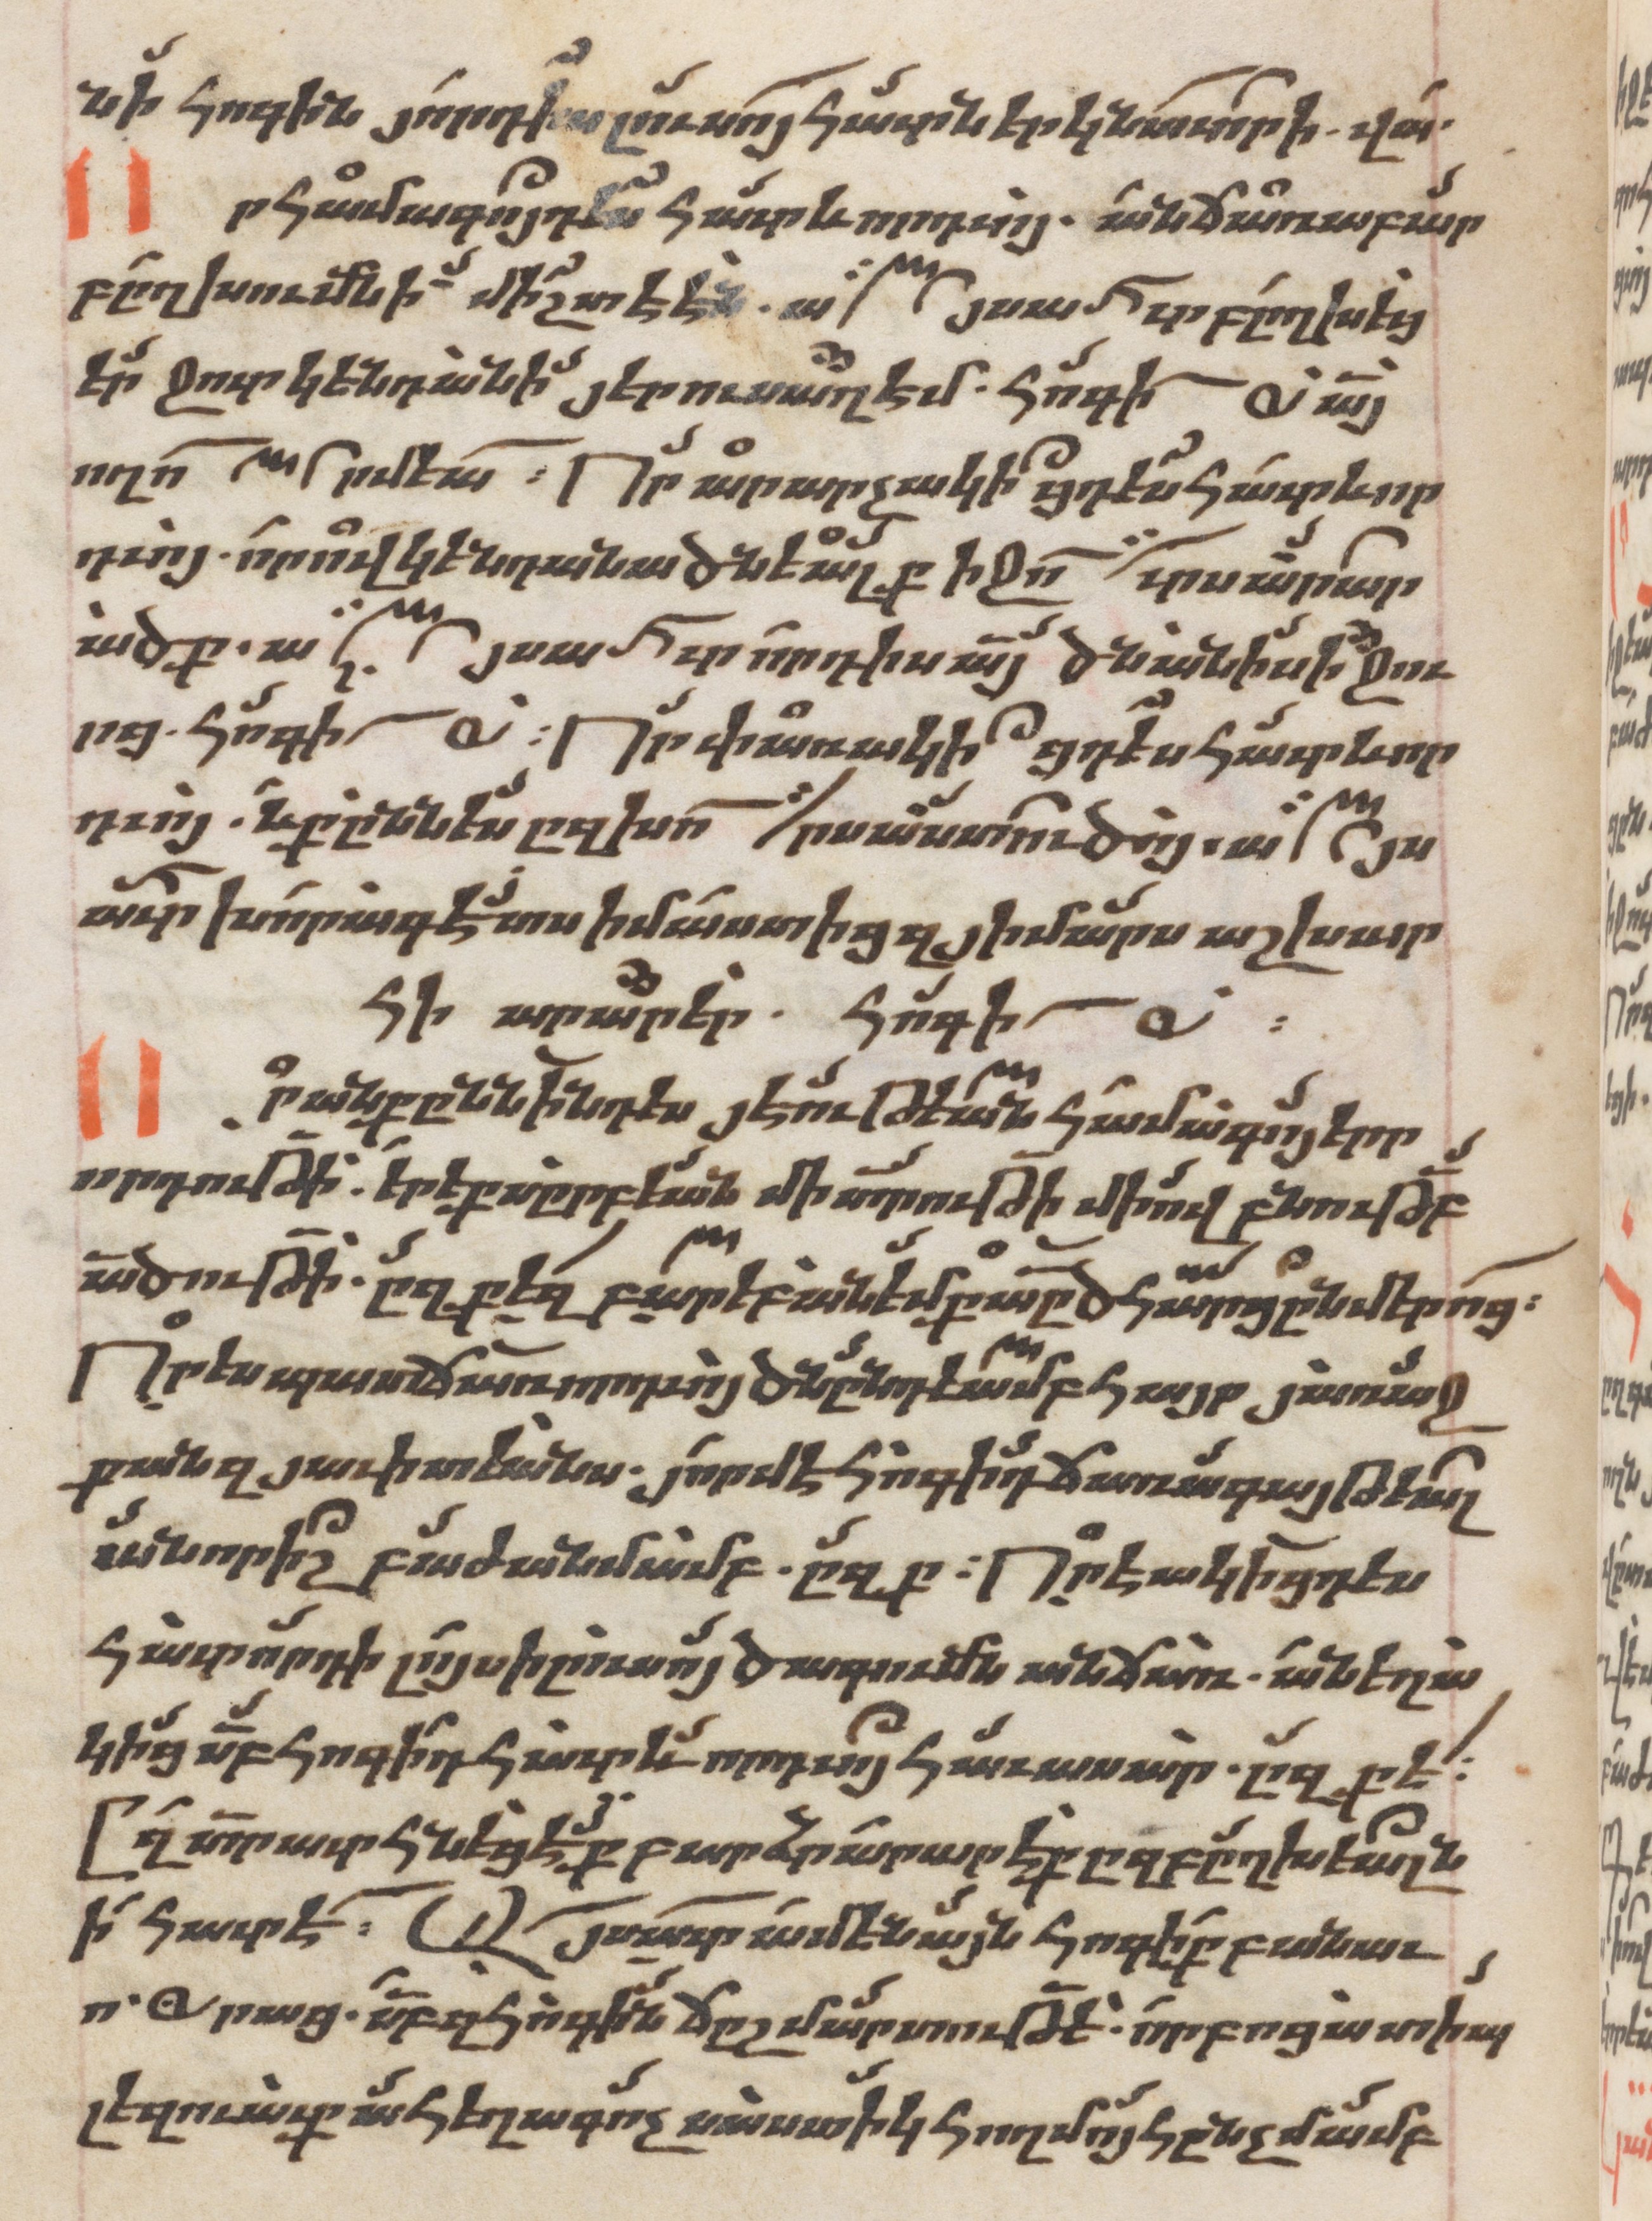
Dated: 1662–1662